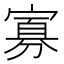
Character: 寡